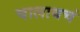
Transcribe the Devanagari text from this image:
चालायचं